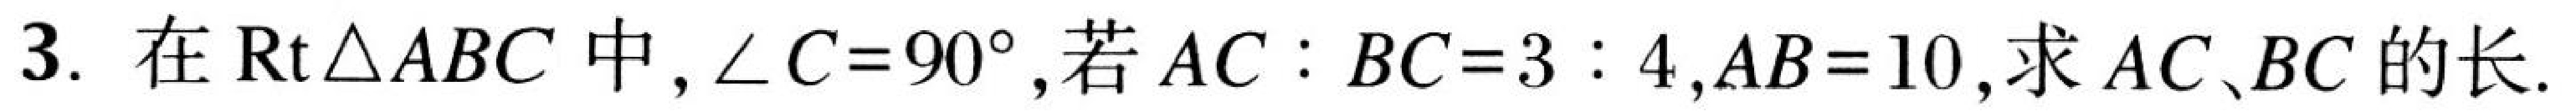
3. 在\(\text{Rt}\triangle ABC\) 中，\(\angle C = 90^{\circ}\)，若 \(AC:BC = 3:4\)，\(AB = 10\)，求 \(AC\)、\(BC\) 的长.